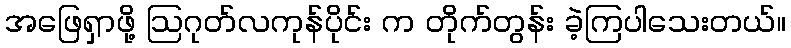
အဖြေရှာဖို့ ဩဂုတ်လကုန်ပိုင်း က တိုက်တွန်း ခဲ့ကြပါသေးတယ်။